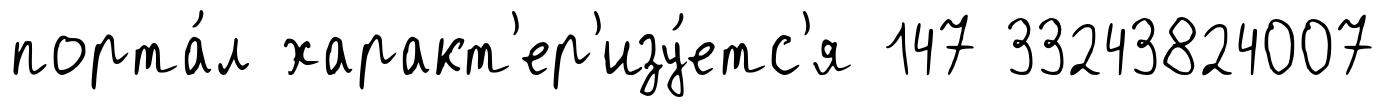
порта́л характ'ер'изу́етс'я 147 33243824007